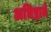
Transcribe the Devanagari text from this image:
अधिष्ठाने